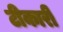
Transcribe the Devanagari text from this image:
टीकारी